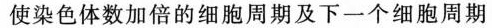
使染色体数加倍的细胞周期及下一个细胞周期